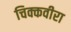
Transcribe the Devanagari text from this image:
चिक्कवीरा